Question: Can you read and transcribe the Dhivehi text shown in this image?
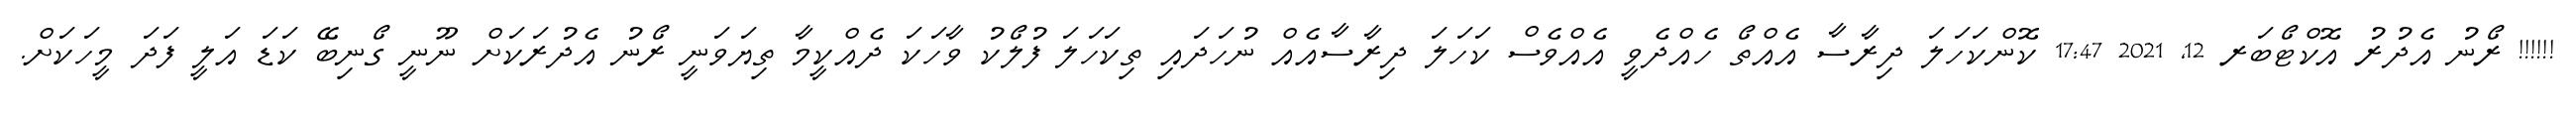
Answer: !!!!!! ރޯނު އެދުރު އޮކްޓޯބަރ 12, 2021 17:47 ކޮންކަހަލަ ދިރާސާ އެއްތޯ ހެއްދެވީ އެއްވެސް ކަހަލަ ދިރާސާއެއް ނުހަދައި ތިކަހަލަ ފުލޯކު ވާހަކަ ދެއްކީމާ ތިޔަވަނީ ރޯނު އެދުރަކަށް ނޫނީ ގޯނިބޭ ކަޑަ އަލީ ފަދަ މީހަކަށް.